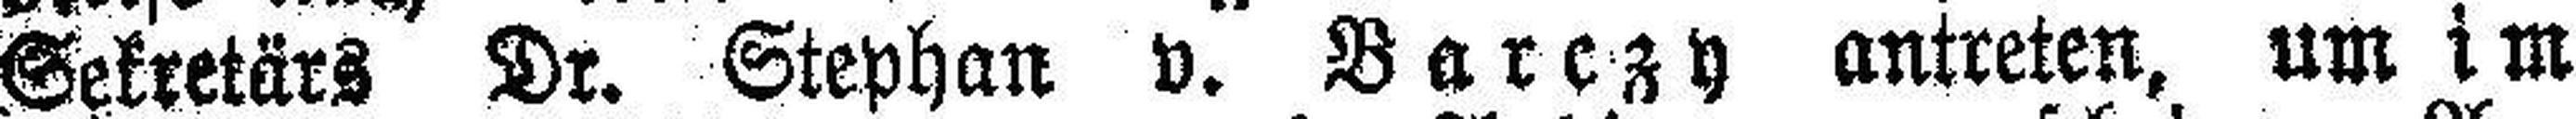
Sekretärs Dr. Stephan v. Barczy antreten, um im